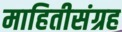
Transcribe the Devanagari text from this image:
माहितीसंग्रह